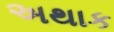
અથાક